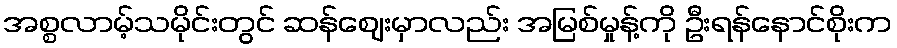
အစ္စလာမ့်သမိုင်းတွင် ဆန်ဈေးမှာလည်း အမြစ်မှုန့်ကို ဦးရန်နောင်စိုးက